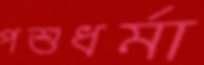
পশুধর্মা